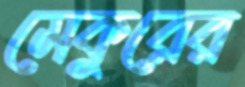
মেকুরের